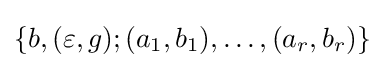
\{b,(\varepsilon ,g);(a_{1},b_{1}),\dots ,(a_{r},b_{r})\}